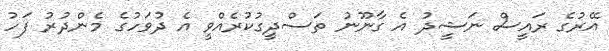
އޭރުގެ ރައީސް ނަޝީދު އެ ގާނޫނު ތަސްދީގުކުރެއްވީ އެ ދުވަހުގެ މެންދުރު ފަހު